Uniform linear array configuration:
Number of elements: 8
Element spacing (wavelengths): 0.75
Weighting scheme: exponential
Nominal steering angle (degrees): -15
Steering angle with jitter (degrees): -14.126
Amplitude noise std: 0.05
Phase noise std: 0.05

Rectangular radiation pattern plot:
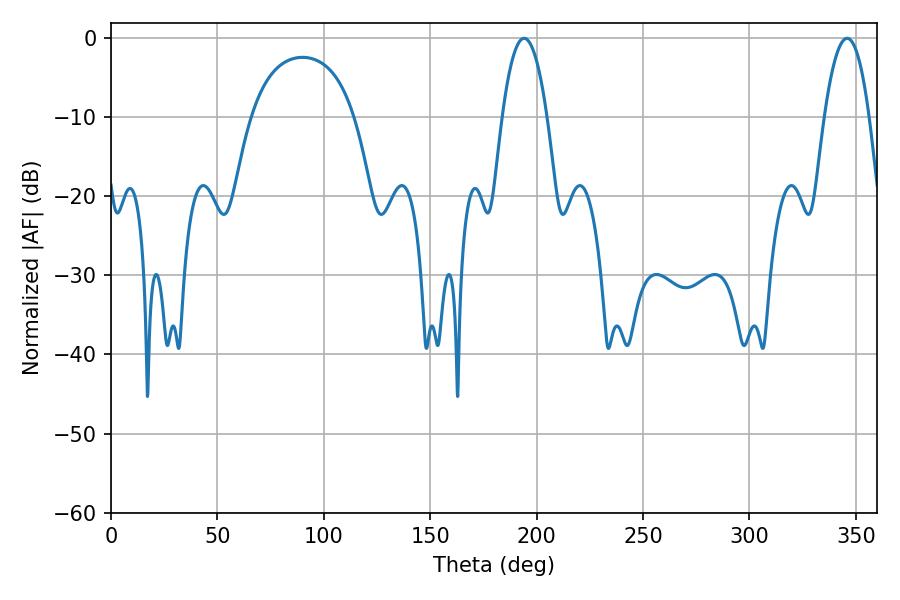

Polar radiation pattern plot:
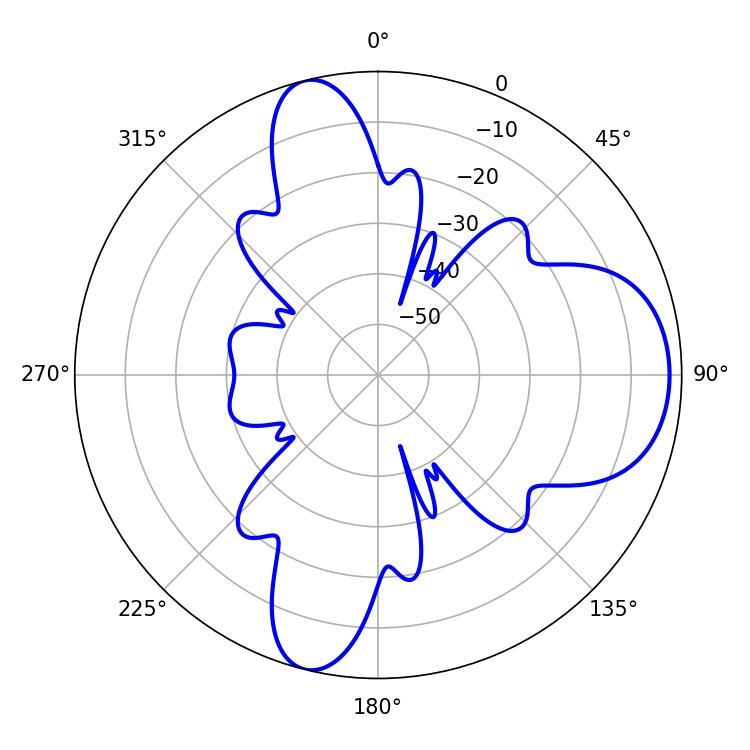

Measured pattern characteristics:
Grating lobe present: TRUE
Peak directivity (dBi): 9.463
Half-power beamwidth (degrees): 11.7
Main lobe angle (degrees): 194.04